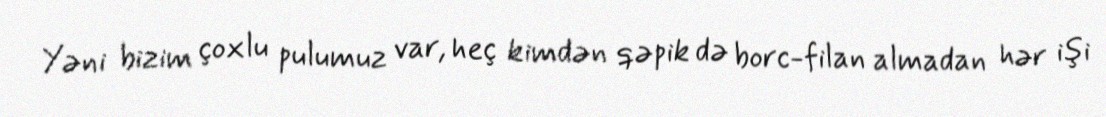
Yəni bizim çoxlu pulumuz var, heç kimdən qəpik də borc-filan almadan hər işi